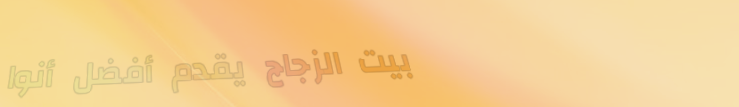
بيت الزجاج يقدم أفضل أنوا